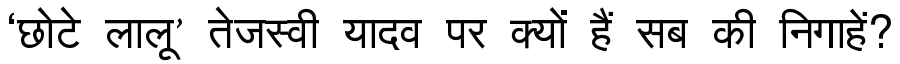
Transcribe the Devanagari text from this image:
‘छोटे लालू’ तेजस्वी यादव पर क्यों हैं सब की निगाहें?